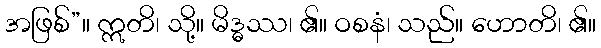
အဖြစ်”။ ဣတိ၊ သို့။ မိဒ္ဓဿ၊ ၏။ ဝစနံ၊ သည်။ ဟောတိ၊ ၏။